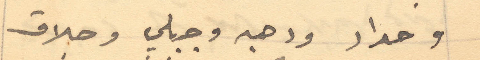
وحداد ودهبه وجبلي وحلاق